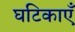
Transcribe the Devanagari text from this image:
घटिकाएँ